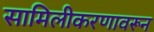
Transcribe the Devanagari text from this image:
सामिलीकरणावरून